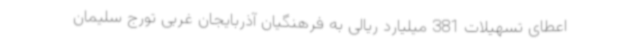
اعطای تسهیلات 381 میلیارد ریالی به فرهنگیان آذربایجان غربی تورج سلیمان